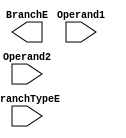
module BranchDecisionMaking(
    input wire [2:0] BranchTypeE,
    input wire [31:0] Operand1,Operand2,
    output reg BranchE
    );
endmodule